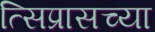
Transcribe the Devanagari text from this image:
त्सिप्रासच्या